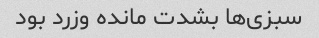
سبزی‌ها بشدت مانده وزرد بود